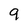
Character: 9